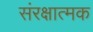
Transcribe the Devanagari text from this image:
संरक्षात्मक